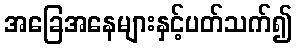
အခြေအနေများနှင့်ပတ်သက်၍